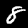
Digit: 8